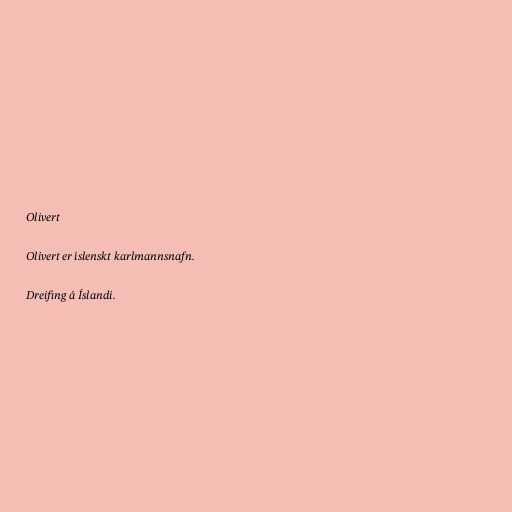
Olivert

Olivert er íslenskt karlmannsnafn.

Dreifing á Íslandi.